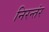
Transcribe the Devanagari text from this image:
निरन्तंर